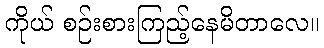
ကိုယ် စဉ်းစားကြည့်နေမိတာလေ။